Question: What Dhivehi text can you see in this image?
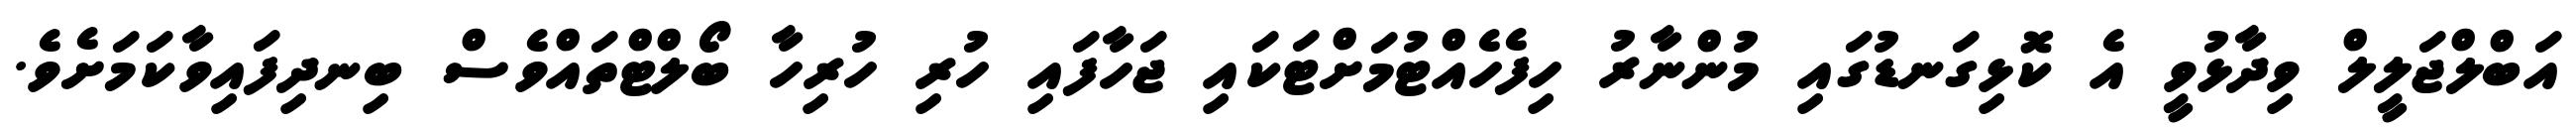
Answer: އަބްލްޖަލީލް ވިދާޅުވީ އެ ކޮޅިގަނޑުގައި މުންނާރު ހިފެހެއްޓުމަށްޓަކައި ޖަހާފައި ހުރި ހުރިހާ ބޯލްޓްތައްވެސް ބިނދިފައިވާކަމަށެވެ.